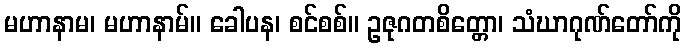
မဟာနာမ၊ မဟာနာမ်။ ခေါပန၊ စင်စစ်။ ဥဇုဂတစိတ္တော၊ သံဃာဂုဏ်တော်ကို